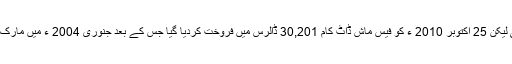
دیکھتے ہی دیکھتے یہ ویب سائیٹ یونیورسٹی کے طلبہ میں مقبول ہوتی چلی گئی لیکن 25 اکتوبر 2010 ء کو فیس ماش ڈاٹ کام 30,201 ڈالرس میں فروخت کردیا گیا جس کے بعد جنوری 2004 ء میں مارک ذکربرگ نے ”دی فیس بک” نامی ویب سائیٹ کیلئے کوڈ تحریر کرنا شروع کیا ۔